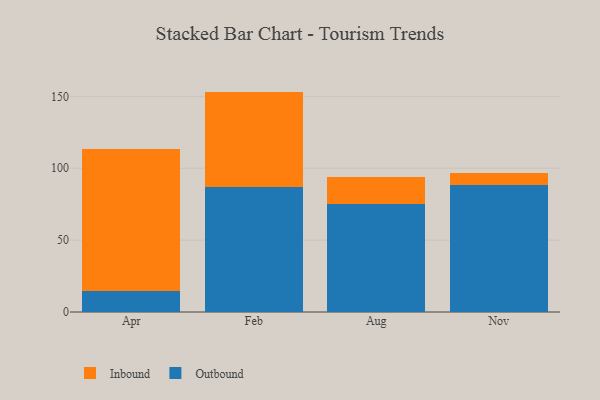
{"axis": {"x": "Month", "y": "Churn Rate (%)"}, "legend": ["Inbound", "Outbound"], "data": [{"x": "Apr", "y": 14.7, "type": "Outbound"}, {"x": "Apr", "y": 99.0, "type": "Inbound"}, {"x": "Feb", "y": 86.9, "type": "Outbound"}, {"x": "Feb", "y": 66.4, "type": "Inbound"}, {"x": "Aug", "y": 75.4, "type": "Outbound"}, {"x": "Aug", "y": 18.5, "type": "Inbound"}, {"x": "Nov", "y": 88.0, "type": "Outbound"}, {"x": "Nov", "y": 8.9, "type": "Inbound"}]}